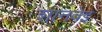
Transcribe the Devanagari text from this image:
शानवेइ